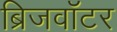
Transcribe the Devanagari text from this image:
ब्रिजवॉटर